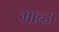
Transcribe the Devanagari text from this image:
भान्द्रा